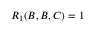
R _ { 1 } ( B , B , C ) = 1